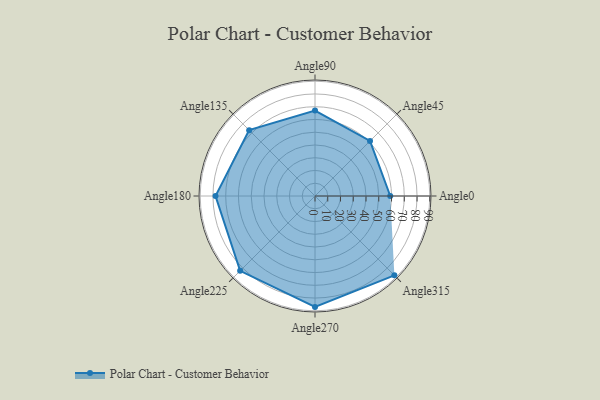
{"axis": {"x": "Angle", "y": "Radius"}, "legend": [""], "data": [{"x": "Angle0", "y": 59.0, "type": ""}, {"x": "Angle45", "y": 61.0, "type": ""}, {"x": "Angle90", "y": 67.0, "type": ""}, {"x": "Angle135", "y": 73.0, "type": ""}, {"x": "Angle180", "y": 78.0, "type": ""}, {"x": "Angle225", "y": 83.0, "type": ""}, {"x": "Angle270", "y": 87.0, "type": ""}, {"x": "Angle315", "y": 88.0, "type": ""}]}